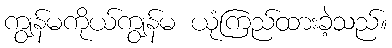
ကျွန်မကိုယ်ကျွန်မ ယုံကြည်ထားခဲ့သည်။